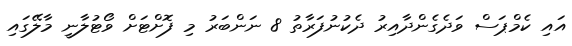
އައި ކެމްޕަސް ވަދެގެންދާއިރު ދެކުނުފަރާތު 8 ނަންބަރު މި ފޮށްޓަށް ވޯޓުލާނީ މާލޭގައި